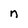
Character: n